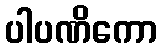
ပါပဏိကော